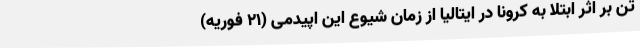
تن بر اثر ابتلا به کرونا در ایتالیا از زمان شیوع این اپیدمی (21 فوریه)